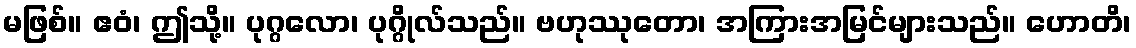
မဖြစ်။ ဧဝံ၊ ဤသို့။ ပုဂ္ဂလော၊ ပုဂ္ဂိုလ်သည်။ ဗဟုဿုတော၊ အကြားအမြင်များသည်။ ဟောတိ၊